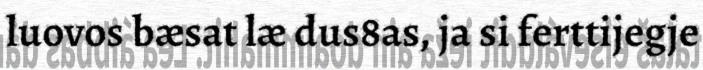
luovos bæsat læ dus8as, ja si ferttijegje